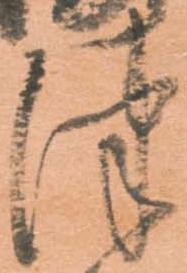
津